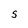
Character: S